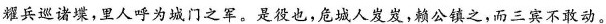
耀兵巡诸堞，里人呼为城门之军。是役也，危城人发发，赖公镇之，而三宾不敢动。